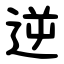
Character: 逆